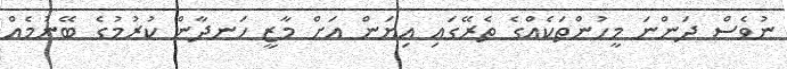
ނުވެސް ދަންނަ މީހުންތަކެއްގެ ތެރޭގައި އިޔަން އަށް މާޒީ ހަނދާން ކުރުމުގެ ބޭނުމެއް